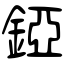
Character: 錏